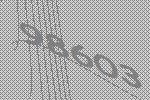
98603